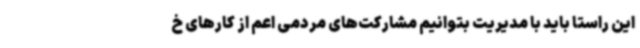
این راستا باید با مدیریت بتوانیم مشارکت‌های مردمی اعم از کارهای خ